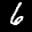
Label: 6